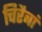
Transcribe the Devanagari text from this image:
चिरैबां